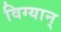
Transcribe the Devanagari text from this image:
विग्यान्